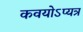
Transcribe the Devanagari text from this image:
कवयोऽप्यत्र